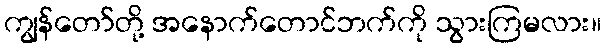
ကျွန်တော်တို့ အနောက်တောင်ဘက်ကို သွားကြမလား။